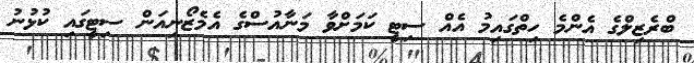
ބްރެޒިލްގެ އެންމެ ހިތްގައިމު އެއް ސިޓީ ކަމަށްވާ މަނާއުސްގެ އެމެޒޯނިއަން ސިޓީގައި ކުޅުނު